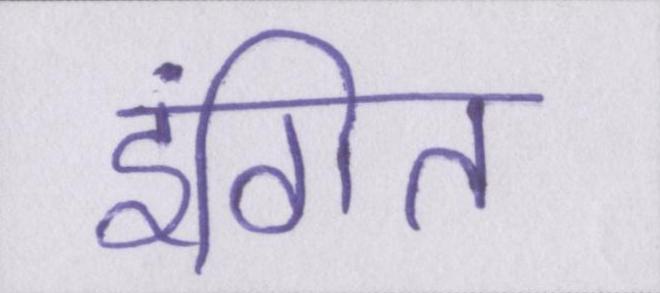
इंगित